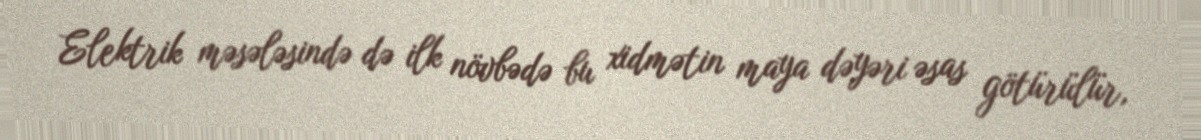
Elektrik məsələsində də ilk növbədə bu xidmətin maya dəyəri əsas götürülür,